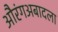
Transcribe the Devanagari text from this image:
औरंगअबादला